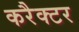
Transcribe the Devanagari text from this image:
करैक्टर